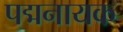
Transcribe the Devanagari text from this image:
पद्मनायक